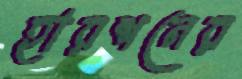
হারশনের